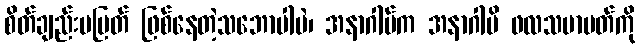
စိတ်ချည်းမပြတ် ဖြစ်နေတဲ့သဘောပါပဲ၊ အနာဂါမ်က အနာဂါမိ ဖလသမာပတ်ကို